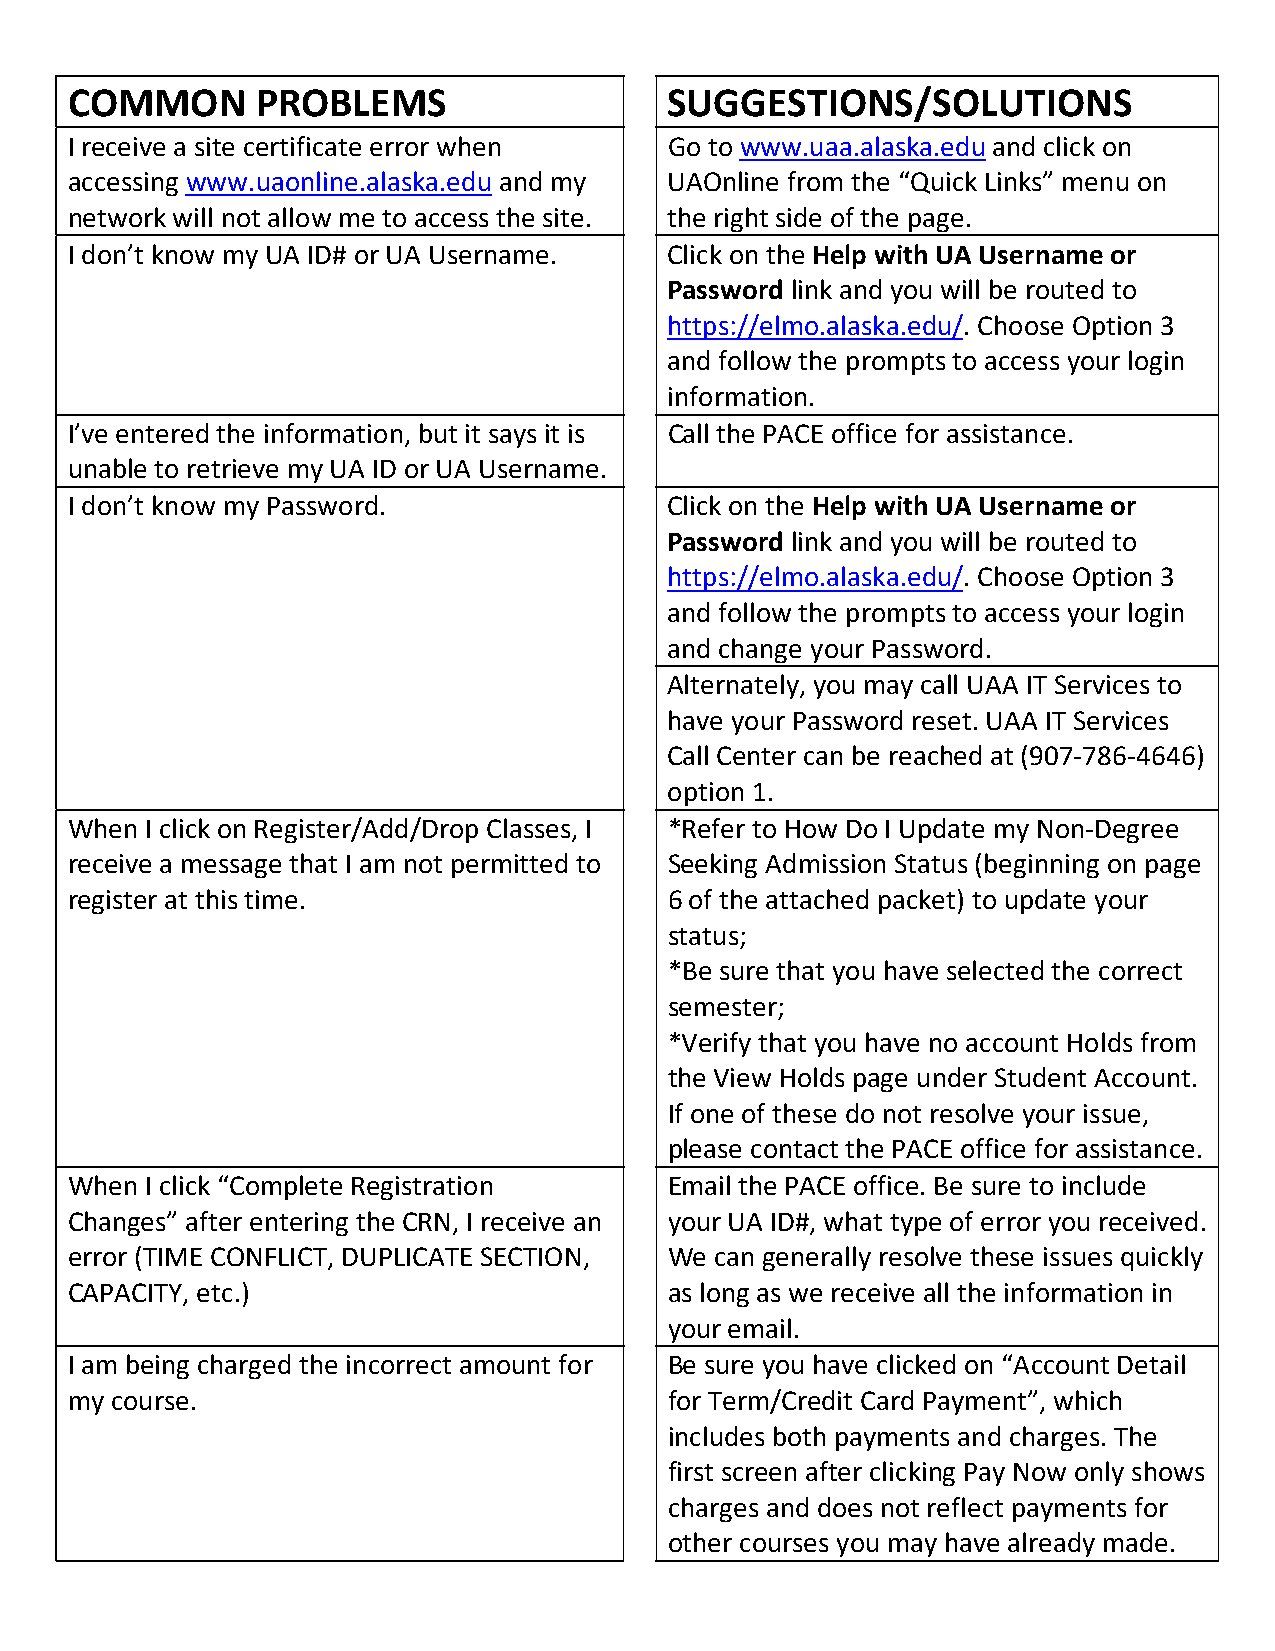
COMMON       PROBLEMS                   SUGGESTIONS/SOLUTIONS
 I receive a site certificate error when Go to www.uaa.alaska.edu and click on
 accessing www.uaonline.alaska.edu and my UAOnline from the “Quick Links” menu on
 network will not allow me to access the site. the right side of the page.
 I don’t know my UA ID# or UA Username.  Click on the Help with UA Username or
 Password link and you will be routed to
 https://elmo.alaska.edu/. Choose Option 3
 and follow the prompts to access your login
 information.
 I’ve entered the information, but it says it is Call the PACE office for assistance.
 unable to retrieve my UA ID or UA Username.
 I don’t know my Password.               Click on the Help with UA Username or
 Password link and you will be routed to
 https://elmo.alaska.edu/. Choose Option 3
 and follow the prompts to access your login
 and change your Password.
 Alternately, you may call UAA IT Services to
 have your Password reset. UAA IT Services
 Call Center can be reached at (907‐786‐4646)
 option 1.
 When  I click on Register/Add/Drop Classes, I *Refer to How Do I Update my Non‐Degree
 receive a message that I am not permitted to Seeking Admission Status (beginning on page
 register at this time.                  6 of the attached packet) to update your
 status;
 *Be sure that you have selected the correct
 semester;
 *Verify that you have no account Holds from
 the View Holds page under Student Account.
 If one of these do not resolve your issue,
 please contact the PACE office for assistance.
 When  I click “Complete Registration    Email the PACE office. Be sure to include
 Changes” after entering the CRN, I receive an your UA ID#, what type of error you received.
 error (TIME CONFLICT, DUPLICATE SECTION, We can generally resolve these issues quickly
 CAPACITY, etc.)                         as long as we receive all the information in
 your email.
 I am being charged the incorrect amount for Be sure you have clicked on “Account Detail
 my course.                              for Term/Credit Card Payment”, which
 includes both payments and charges. The
 first screen after clicking Pay Now only shows
 charges and does not reflect payments for
 other courses you may have already made.